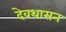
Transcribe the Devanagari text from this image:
देवथासन